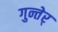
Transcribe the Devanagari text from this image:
गुन्तेर्